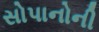
સોપાનોની